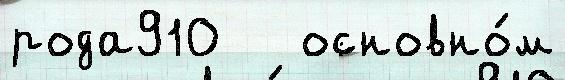
рода910   основно́м